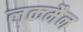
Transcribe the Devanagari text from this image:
लकमैन